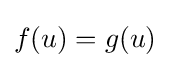
f(u)=g(u)